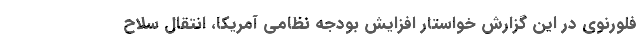
فلورنوی در این گزارش خواستار افزایش بودجه نظامی آمریکا، انتقال سلاح